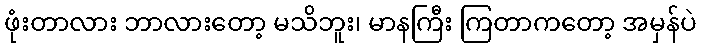
ဖုံးတာလား ဘာလားတော့ မသိဘူး၊ မာနကြီး ကြတာကတော့ အမှန်ပဲ